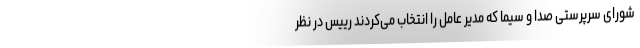
شورای سرپرستی صدا و سیما که مدیر عامل را انتخاب می‌کردند رییس در نظر